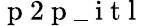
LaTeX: \mathrm{~p~2~p~\_ ~i~t~l~}